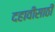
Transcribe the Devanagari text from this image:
दहावीसाठी